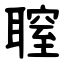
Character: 䏄